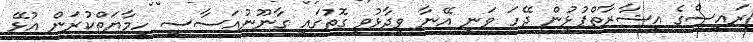
ރައީސްގެ އިޝާރާތްޕުޅުން ދޭހަ ވަނީ އޭނާ ވިދާޅުވި ގޮތުގައި ގާނޫނުއަސާސީ ހިމާޔަތްކުރަން އުޅޭ